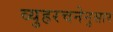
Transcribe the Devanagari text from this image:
व्युहरचनेनुसार